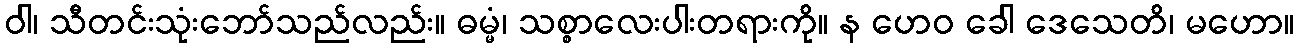
ဝါ၊ သီတင်းသုံးဘော်သည်လည်း။ ဓမ္မံ၊ သစ္စာလေးပါးတရားကို။ န ဟေဝ ခေါ ဒေသေတိ၊ မဟော။